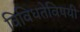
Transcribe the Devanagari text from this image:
विविधतेविषयी